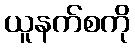
ယူနက်စကို